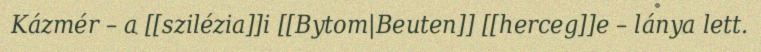
Kázmér – a [[szilézia]]i [[Bytom|Beuten]] [[herceg]]e – lánya lett.